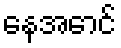
နေအောင်